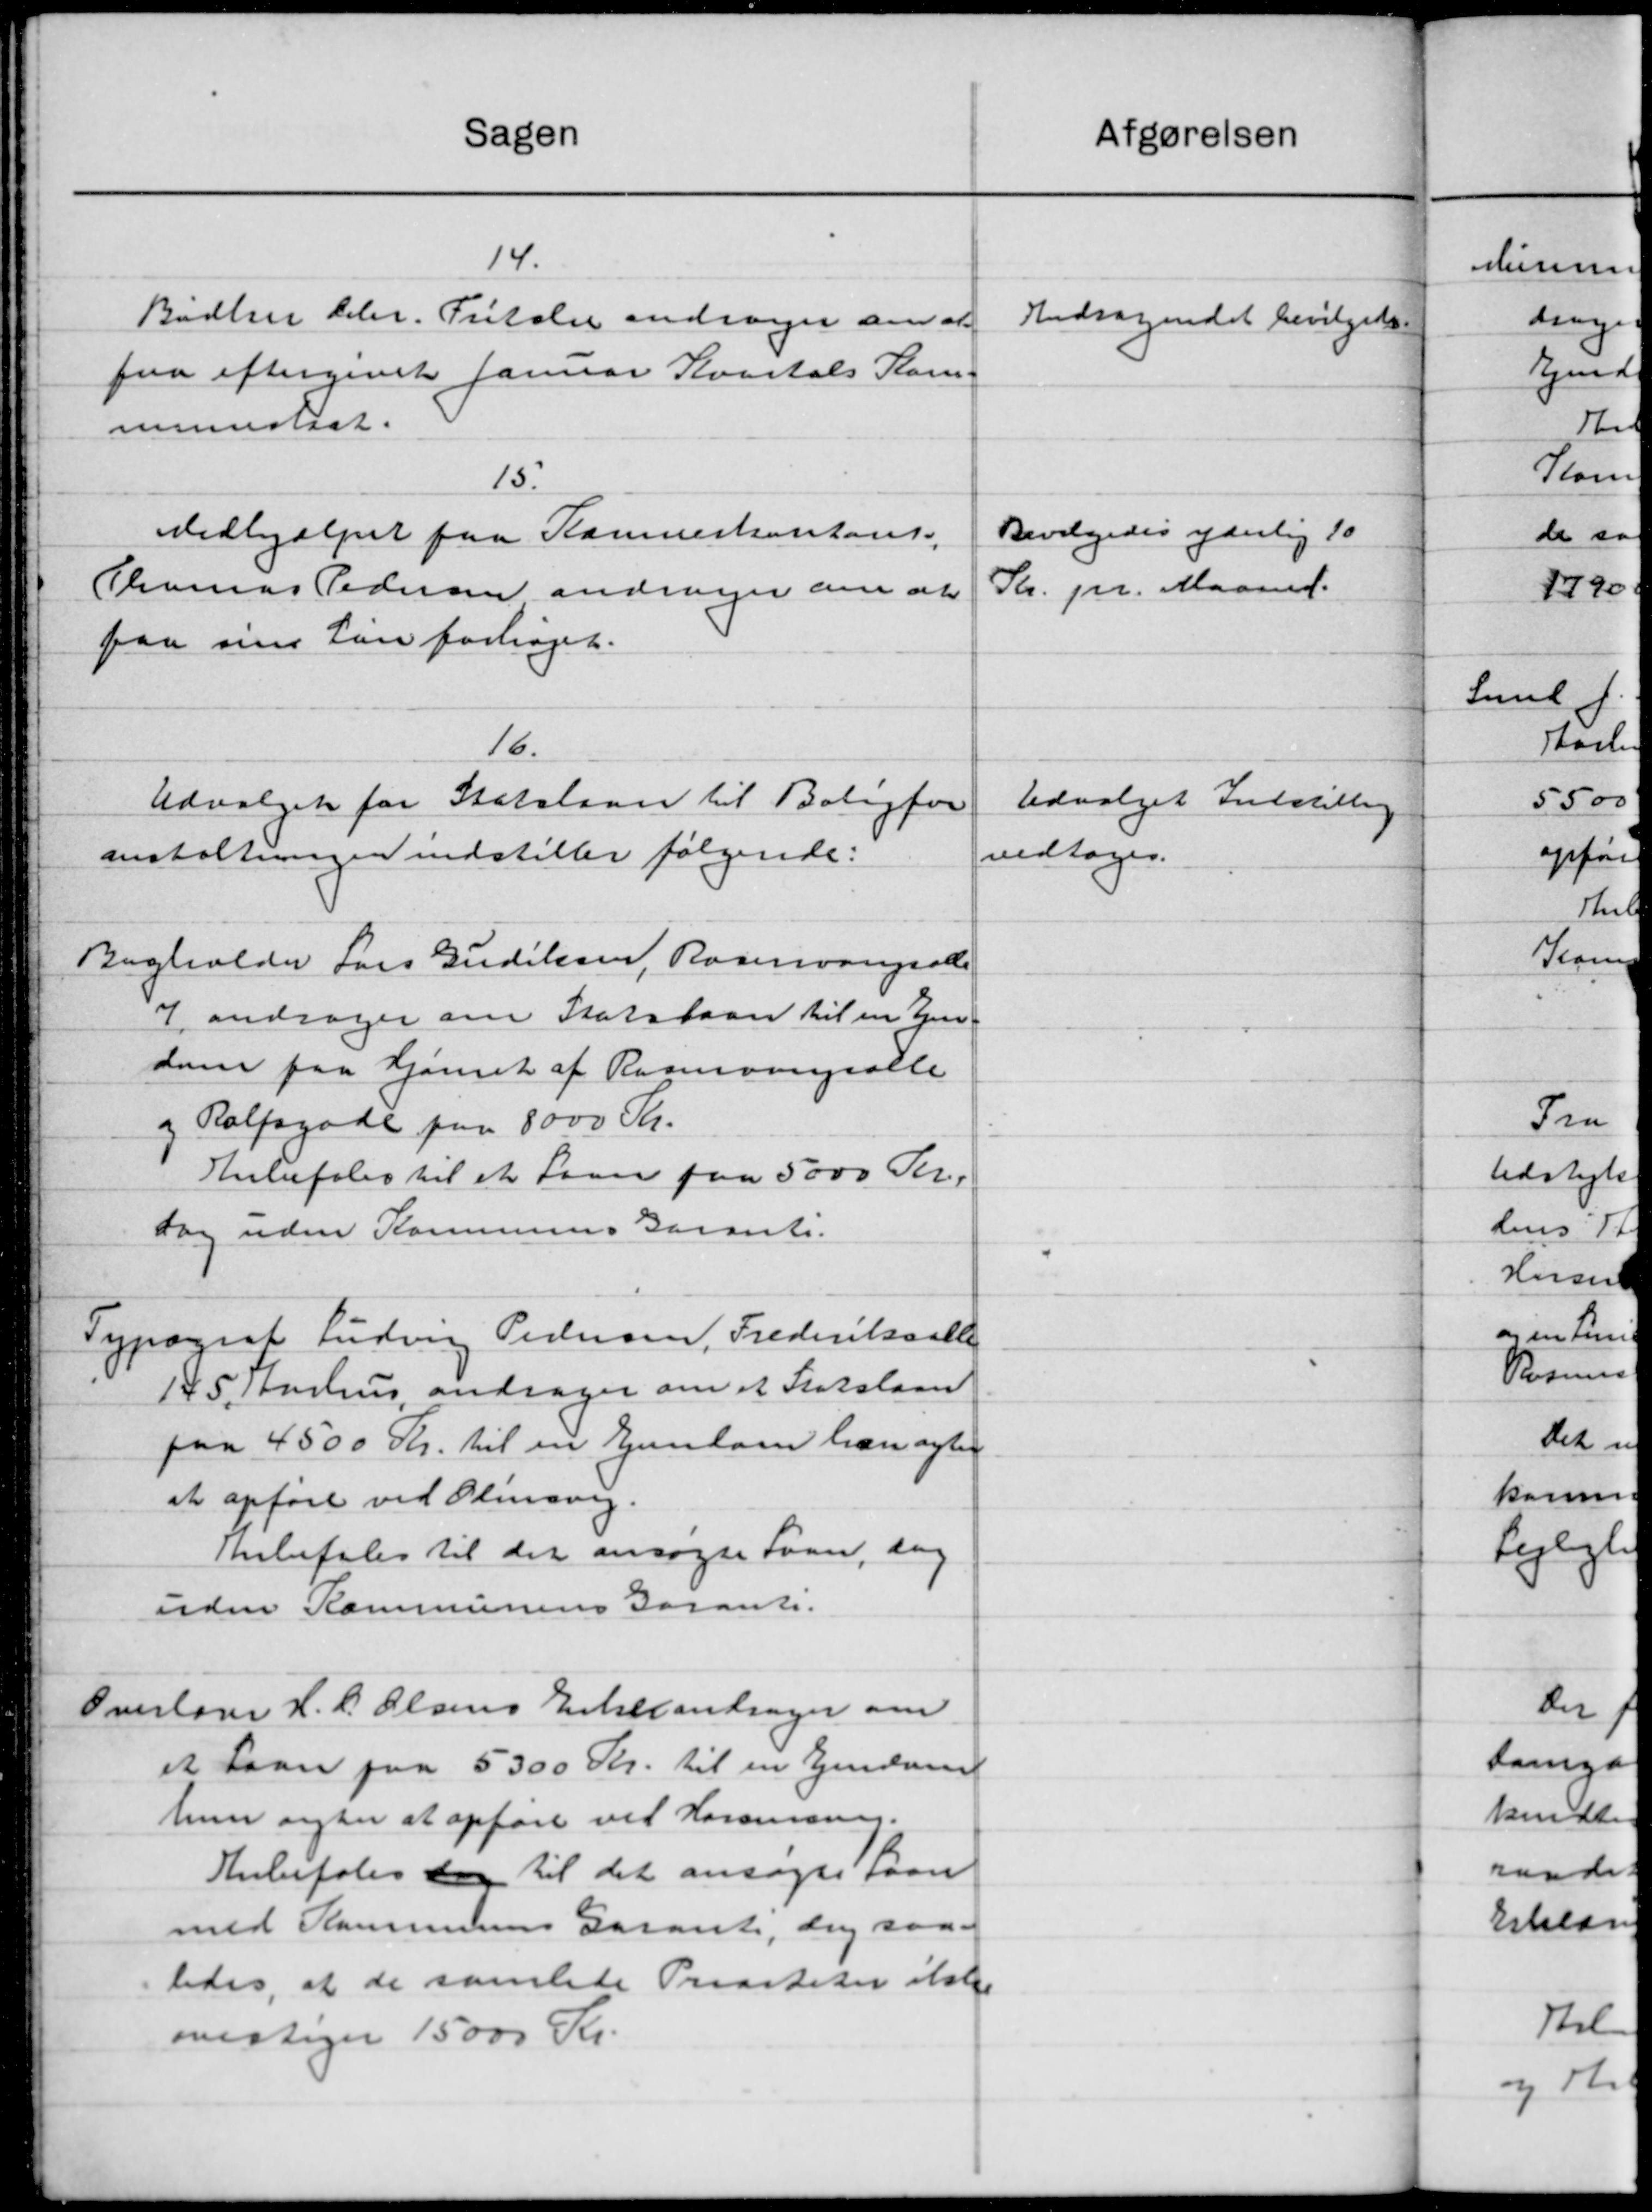
Transskription:
Sagen
14.
Bødlen her. Fritaler andrager om at
faa eftergivet Januar Kvartals Kom-
msunstsat.
15.
Medhjælpet paa Kammerkontort.
Thomas Pedersen andrager om at
paa sine kan forhøjet.
16.
Udvalget for Statslaan til Boligfor
anstaltningen indstiller følgende:
Bygholder Lars Gudiksen, Rasmusgaade
7 andrager om Statslaan til en En
dom paa Gjørnet af Rasminingsalle
og Ralpsgade paa 8000 Kr.
Anbefales til et Laan paa 5000 Kr.
Dog uden Kommunens Garanti.
Typograf Ludvig Pedersen, Frederiksalle
145 Aarhus andrager om et Statslaan
paa 4500 Kr. til en Ejendom han agter
at opføre ved Olesvig.
Anbefales til det ansøgte Laan, dag
uden Kommunens Garant.
Overlæger H. C. Olsens Enkebandrager om
et Laan paa 5300 Kr. til en Ejendom
hun agter at opføre vil Kommunen.
Anbefales den til det ansøgte Laan
med Kommunens Garant, dog saa
ledes, at de samlede Prisiteter ikke
overtager 15000 Kr.